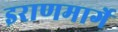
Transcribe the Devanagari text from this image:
इराणमार्गे